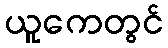
ယူကေတွင်